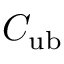
C _ { \mathrm { u b } }